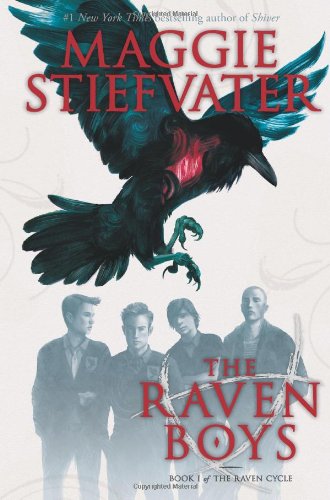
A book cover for The Raven Boys; Maggie Stiefvater; Teen & Young Adult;